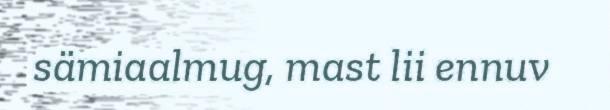
sämiaalmug, mast lii ennuv